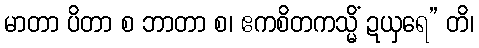
မာတာ ပိတာ စ ဘာတာ စ၊ ဧကစိတကသ္မိံ ဍယှရေ” တိ၊